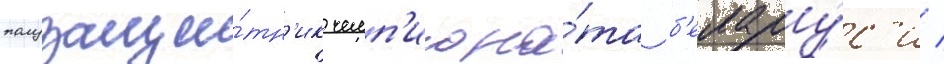
полузащи́тн'ик чемп'иона́та б'елару́с'и /